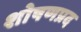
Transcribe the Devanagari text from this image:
शोषणप्रद